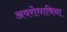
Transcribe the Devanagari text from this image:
अवरोधाविना